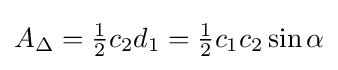
A_{\Delta }={\tfrac {1}{2}}c_{2}d_{1}={\tfrac {1}{2}}c_{1}c_{2}\sin \alpha